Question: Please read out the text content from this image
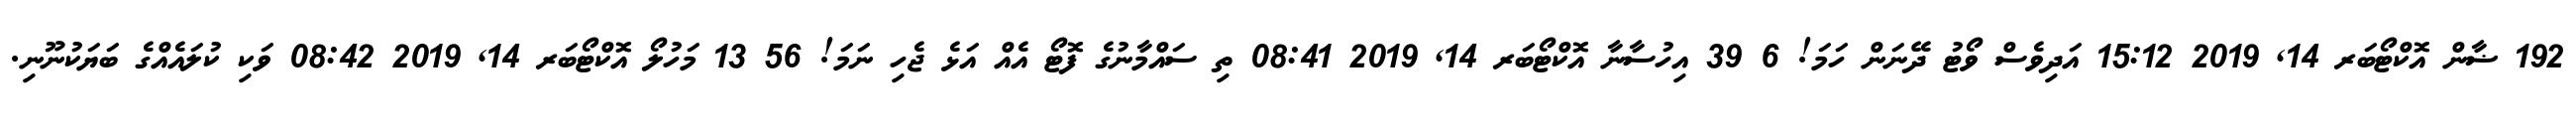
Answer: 192 ޟާން އޮކްޓޯބަރ 14, 2019 15:12 އަދިވެސް ވޯޓު ދޭނަން ހަމަ! 6 39 އިހުސާނާ އޮކްޓޯބަރ 14, 2019 08:41 ތި ސައްމާނުގެ ފޮޓޯ އެއް އަޅެ ޖެހި ނަމަ! 56 13 މަހުލޯ އޮކްޓޯބަރ 14, 2019 08:42 ވަކި ކުލައެއްގެ ބަޔަކުނޫނި.